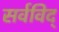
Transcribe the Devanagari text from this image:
सर्वविद्